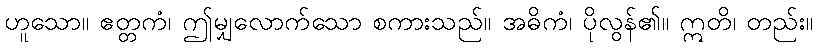
ဟူသော။ ဧတ္တကံ၊ ဤမျှလောက်သော စကားသည်။ အဓိကံ၊ ပိုလွန်၏။ ဣတိ၊ တည်း။